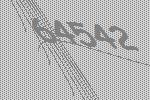
64542